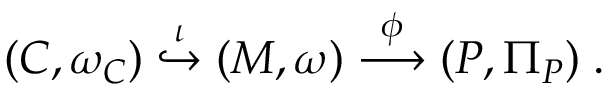
( C , \omega _ { C } ) \stackrel { \iota } { \hookrightarrow } ( M , \omega ) \stackrel { \phi } { \longrightarrow } ( P , \Pi _ { P } ) \; .